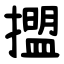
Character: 擝